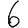
Digit: 6